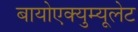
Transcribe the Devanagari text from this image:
बायोएक्युम्यूलेट